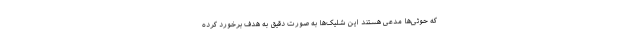
که حوثی‌ها مدعی هستند این شلیک‌ها به صورت دقیق به هدف برخورد کرده